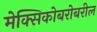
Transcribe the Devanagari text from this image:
मेक्सिकोबरोबरील